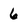
Character: 6